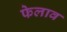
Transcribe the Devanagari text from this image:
फेलाव